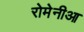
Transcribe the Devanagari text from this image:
रोमेनीआ